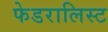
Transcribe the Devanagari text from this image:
फेडरालिस्ट